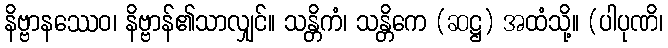
နိဗ္ဗာနဿေဝ၊ နိဗ္ဗာန်၏သာလျှင်။ သန္တိကံ၊ သန္တိကေ (ဆဋ္ဌ) အထံသို့။ (ပါပုဏိ၊